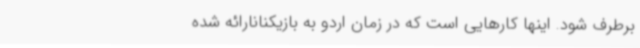
برطرف شود. اینها کارهایی است که در زمان اردو به بازیکنانارائه شده